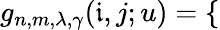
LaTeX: g_{n,m,\lambda,\gamma}(\mathfrak{i},j;u)=\left\{ \begin{array}{ll}{\begin{array}{rlr}\end{array}}\end{array}\right.